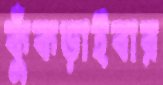
কুঁকড়াইবার